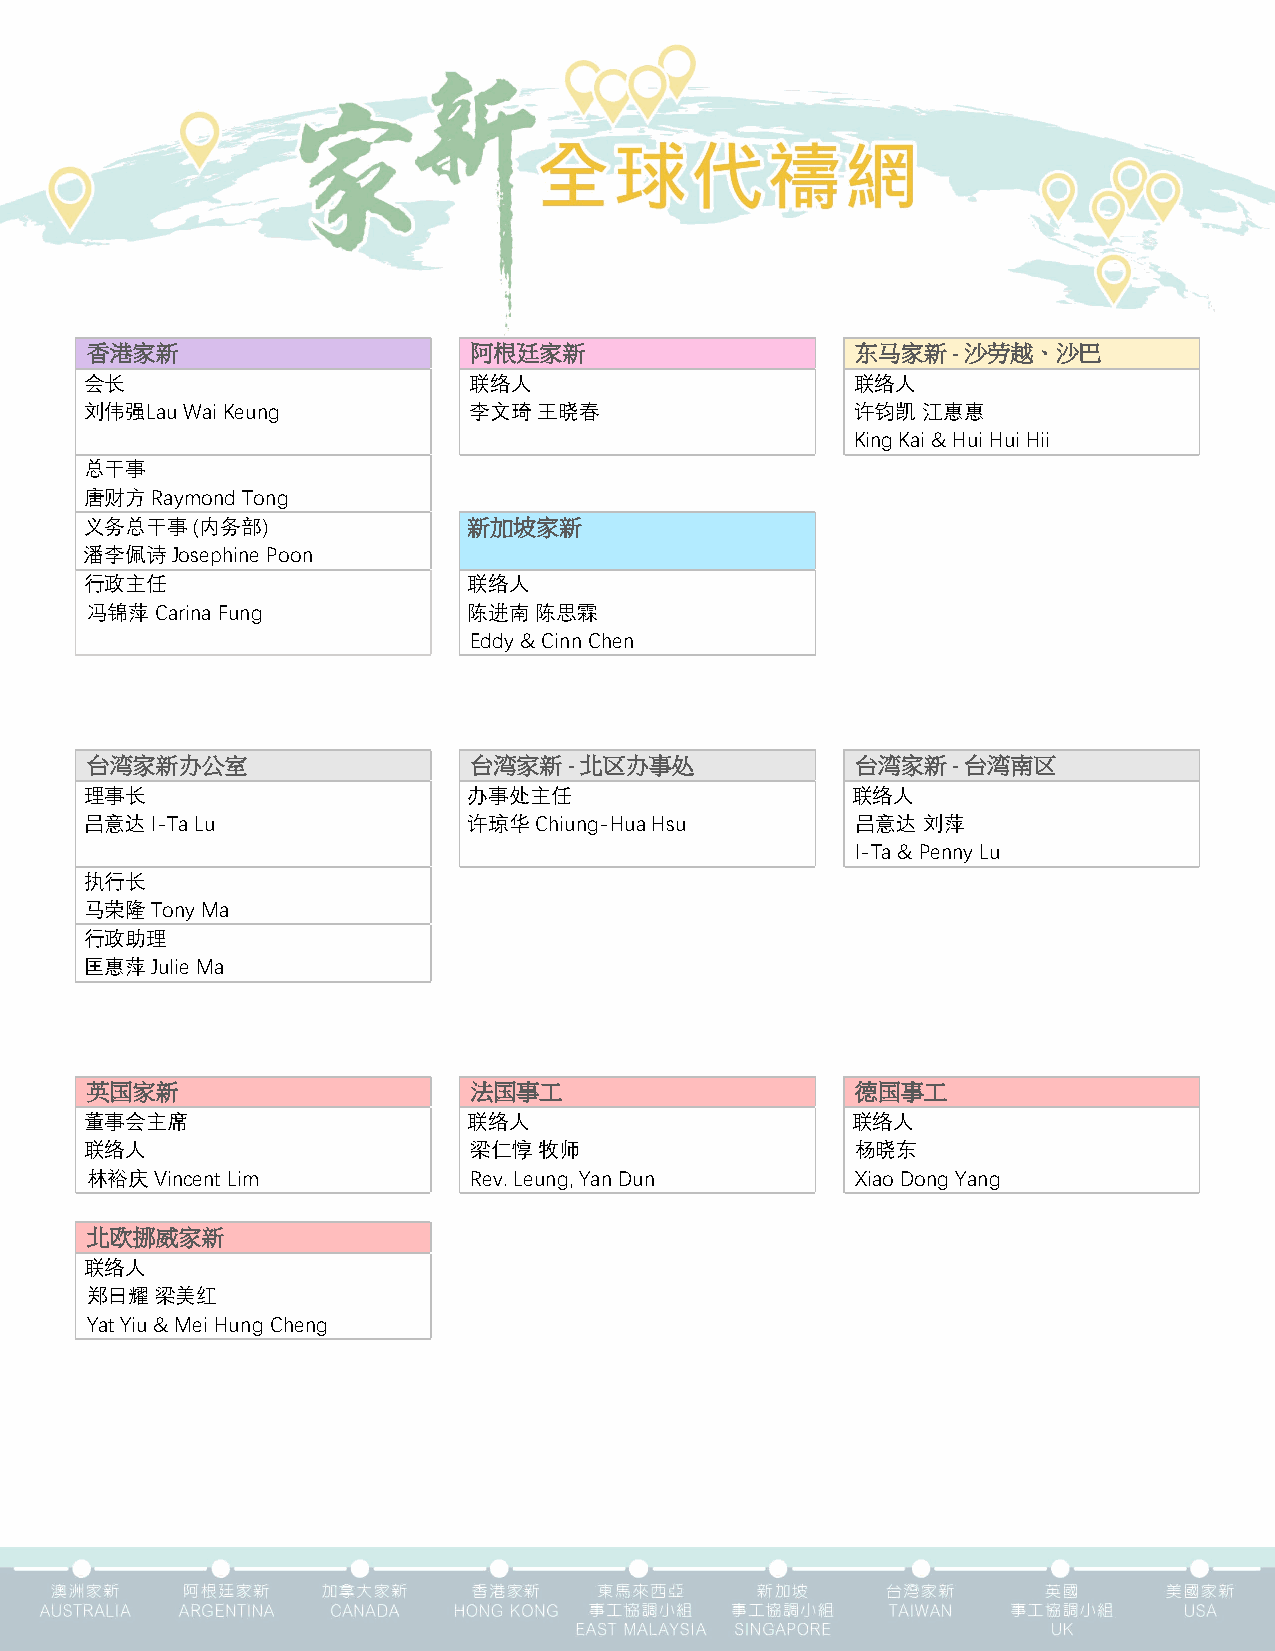
香港家新                     阿根廷家新                     东马家新  - 沙劳越、沙巴
 会长                       联络人                       联络人
 刘伟强Lau Wai Keung         李文琦  王晓春                  许钧凯 江惠惠
 King Kai & Hui Hui Hii
 总干事
 唐财方 Raymond Tong
 义务总干事  (内务部)             新加坡家新
 潘李佩诗 Josephine Poon
 行政主任                     联络人
 冯锦萍 Carina Fung          陈进南 陈思霖
 Eddy & Cinn Chen
 台湾家新办公室                  台湾家新   - 北区办事处            台湾家新  - 台湾南区
 理事长                      办事处主任                    联络人
 吕意达 I-Ta Lu              许琼华 Chiung-Hua Hsu        吕意达 刘萍
 I-Ta & Penny Lu
 执行长
 马荣隆 Tony Ma
 行政助理
 匡惠萍 Julie Ma
 英国家新                     法国事工                      德国事工
 董事会主席                    联络人                      联络人
 联络人                      梁仁惇  牧师                   杨晓东
 林裕庆Vincent Lim           Rev. Leung, Yan Dun       Xiao Dong Yang
 北欧挪威家新
 联络人
 郑日耀 梁美红
 Yat Yiu & Mei Hung Cheng